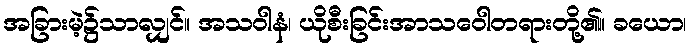
အခြားမဲ့၌သာလျှင်။ အသဝါနံ၊ ယိုစီးခြင်းအာသဝေါတရားတို့၏။ ခယော၊